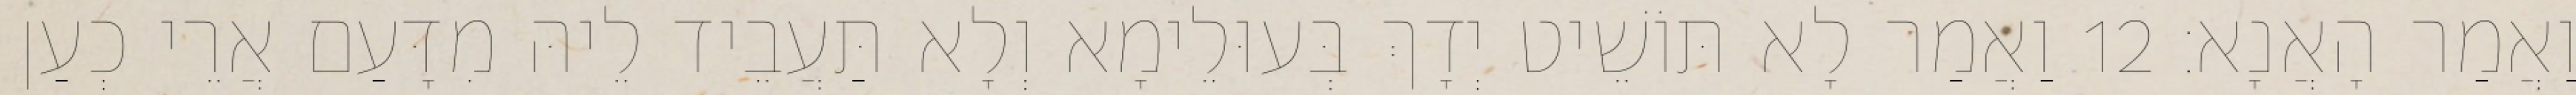
וַאֲמַר הָאֲנָא׃ 12 וַאֲמַר לָא תּוֹשֵׁיט יְדָךְ בְּעוּלֵימָא וְלָא תַּעֲבֵיד לֵיהּ מִדָּעַם אֲרֵי כְעַן